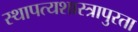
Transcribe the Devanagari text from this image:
स्थापत्यशास्त्रापुरता